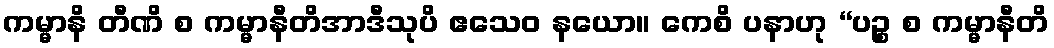
ကမ္မာနိ တီဏိ စ ကမ္မာနီတိအာဒီသုပိ ဧသေဝ နယော။ ကေစိ ပနာဟု “ပဉ္စ စ ကမ္မာနီတိ